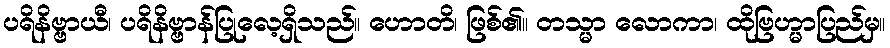
ပရိနိဗ္ဗာယီ၊ ပရိနိဗ္ဗာန်ပြုလေ့ရှိသည်။ ဟောတိ၊ ဖြစ်၏။ တသ္မာ လောကာ၊ ထိုဗြဟ္မာပြည်မှ။